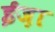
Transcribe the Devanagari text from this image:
ईज़ा